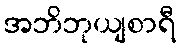
အဘိဘုယျစာရီ